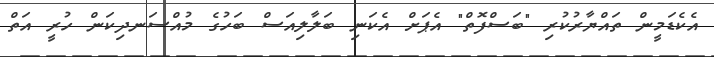
އެކެޑަމީން ތައްޔާރުކުރި "ބަސްފޮތް" އެޕަށް އެކަނި ބަލާލިއަސް ބަހުގެ މުއްސަނދިކަން ހުރީ އަތް